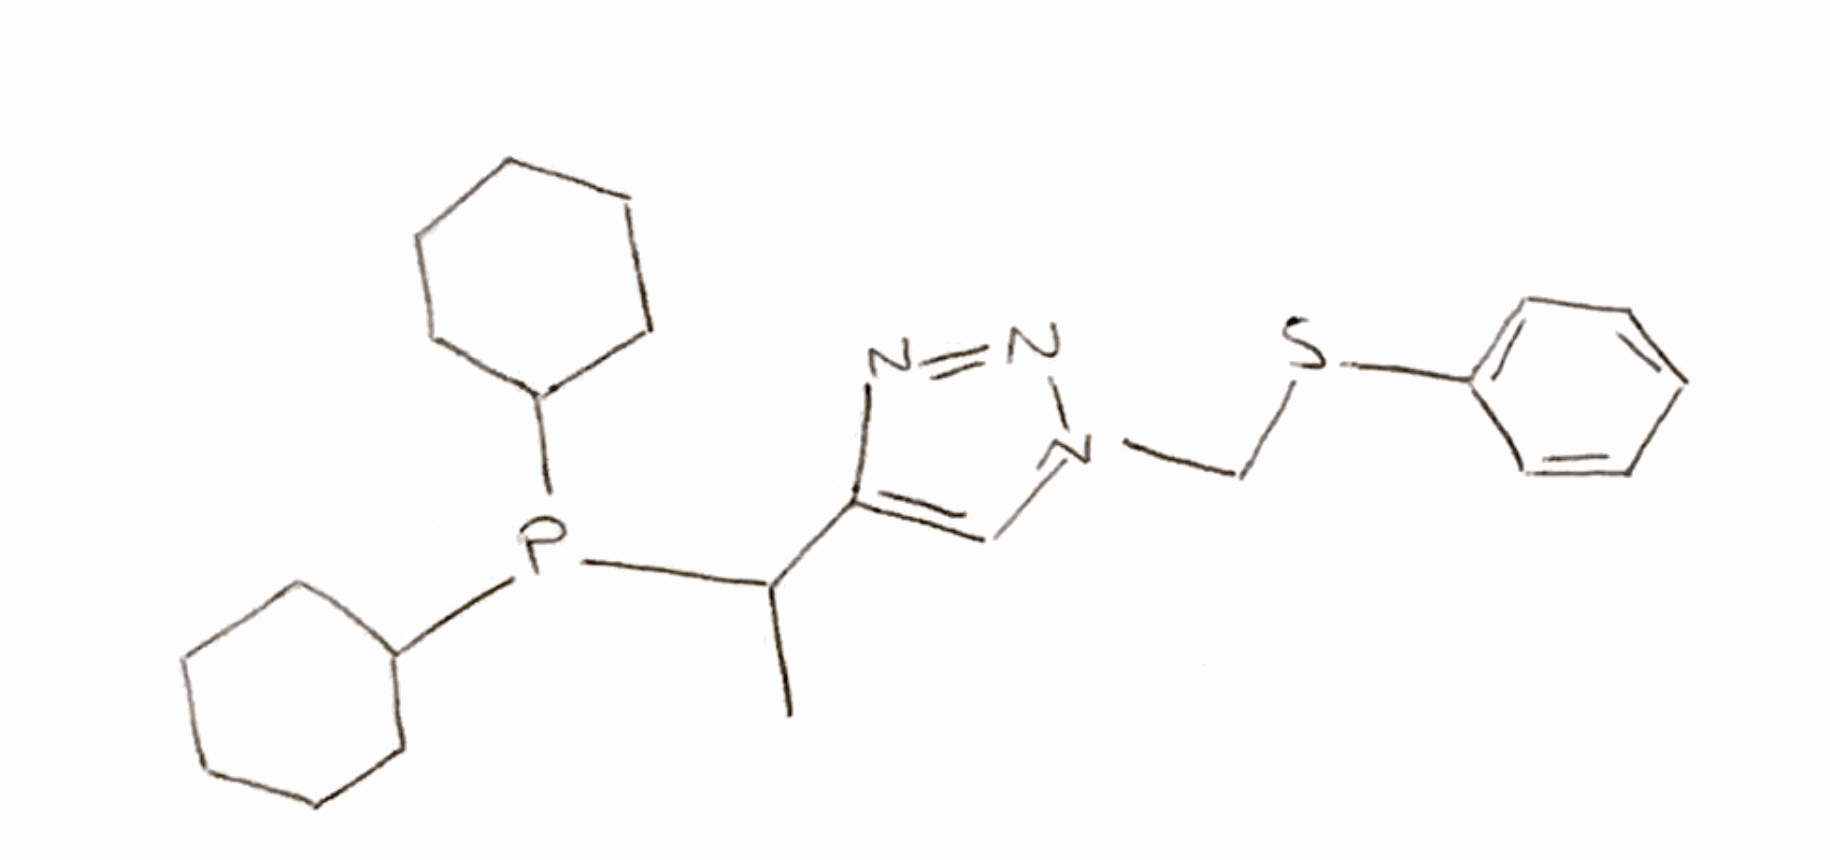
Simplified molecular-input line-entry system (SMILES) notation of the given molecule:
CC(C1=CN(N=N1)CSC2=CC=CC=C2)P(C3CCCCC3)C4CCCCC4